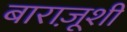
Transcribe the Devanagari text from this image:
बाराज़ूशी